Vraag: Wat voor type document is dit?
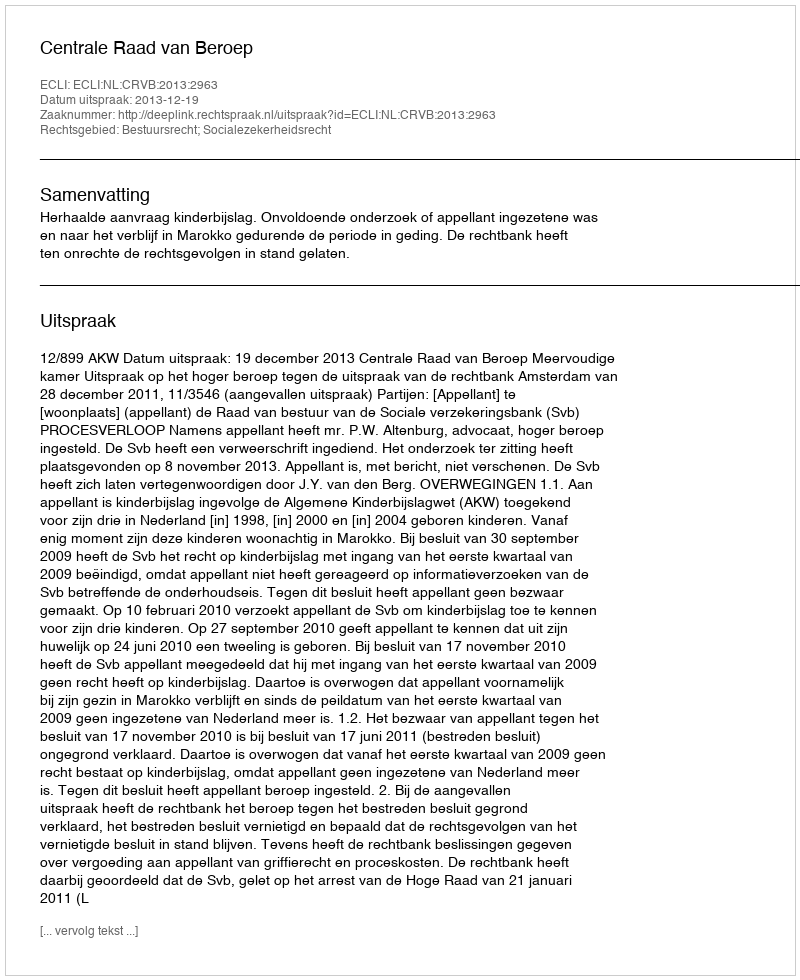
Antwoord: Uitspraak